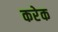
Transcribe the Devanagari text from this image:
करेक